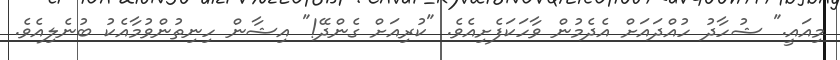
މިއައީ." ޝުހާދު ހުއްދައަށް އެދެމުން ވާހަކަފެށިއެވެ. "ކުރިއަށް ގެންދޭ!" އިޝާން ހިނިތުންވުމާއެކު ބުނެލިއެވެ.